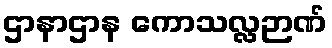
ဌာနာဌာန ကောသလ္လဉာဏ်